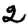
Digit: 2